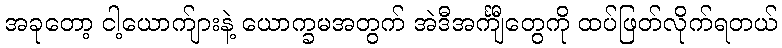
အခုတော့ ငါ့ယောက်ျားနဲ့ ယောက္ခမအတွက် အဲဒီအင်္ကျီတွေကို ထပ်ဖြတ်လိုက်ရတယ်